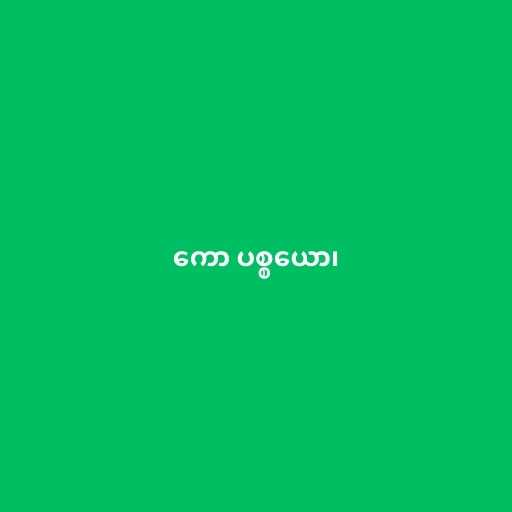
ကော ပစ္စယော၊